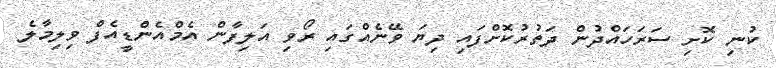
ކުނި ކޮށި ސަރަހައްދުން ދަތުރުކޮށްފައި ދިޔަ ވޭނެއްގައި ރޯވި އަލިފާން އެމްއެންޑީއެފް ވިލިމާލެ